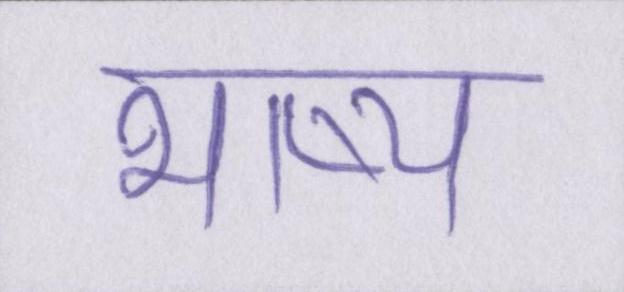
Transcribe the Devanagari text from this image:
भाष्य